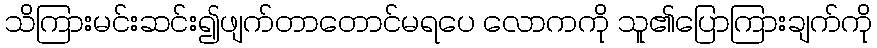
သိကြားမင်းဆင်း၍ဖျက်တာတောင်မရပေ လောကကို သူ၏ပြောကြားချက်ကို